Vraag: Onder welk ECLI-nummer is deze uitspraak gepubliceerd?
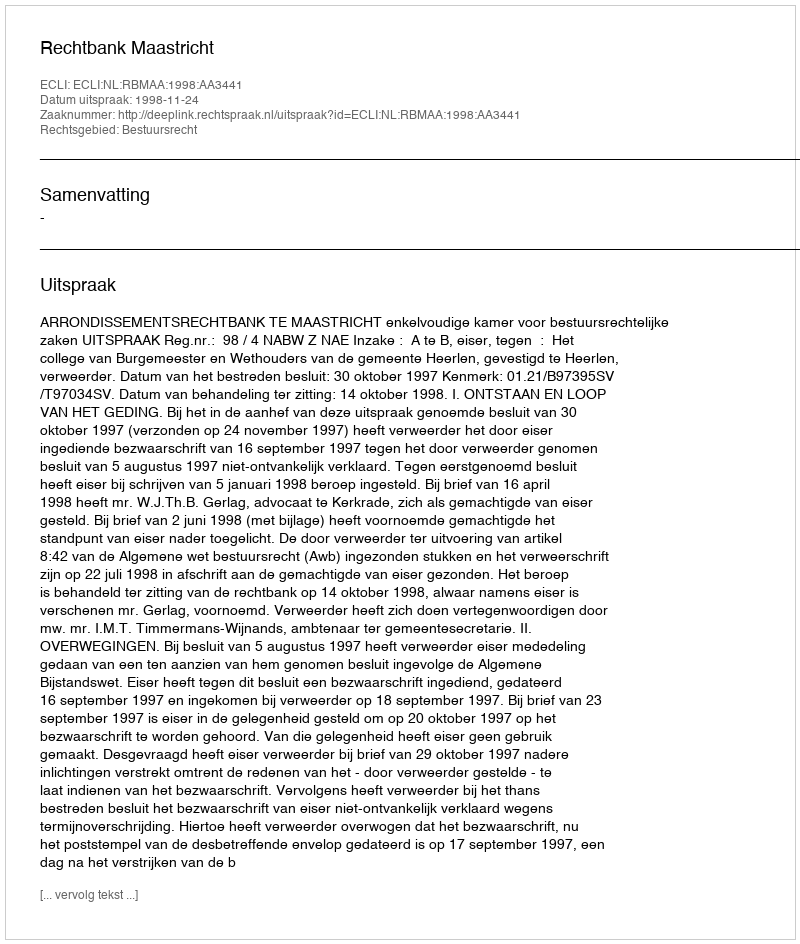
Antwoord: ECLI:NL:RBMAA:1998:AA3441